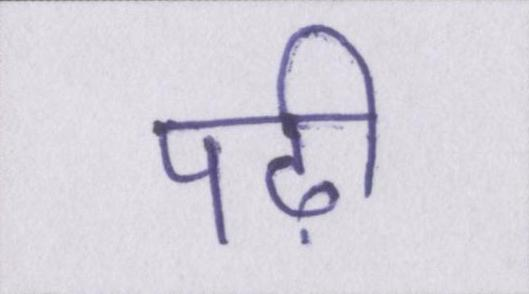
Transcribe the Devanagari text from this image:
पढ़ी